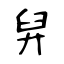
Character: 舁